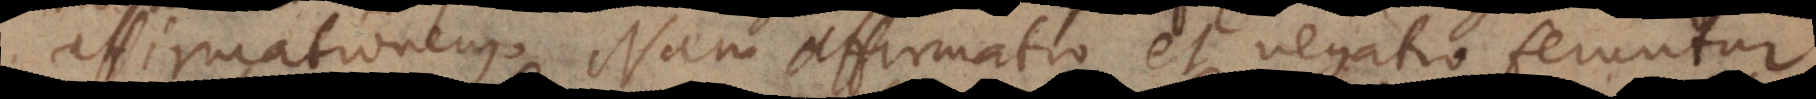
affirmationem. Nam affirmatio et negatio feruntur